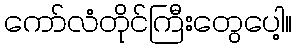
ကော်လံတိုင်ကြီးတွေပေါ့။